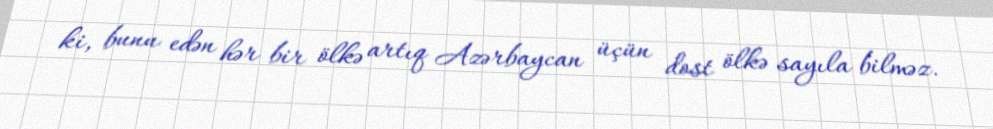
ki, bunu edən hər bir ölkə artıq Azərbaycan üçün dost ölkə sayıla bilməz.